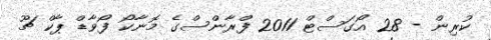
ކުރިން - 28 އޯގަސްޓް 2011 ފްރާންސްގެ މޮނާކޯ ފޯވާޑް ޕާކް ޗޫ